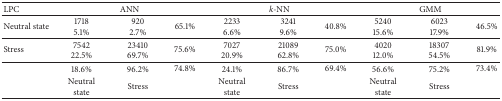
<table><thead><tr><td><b>LPC </b></td><td colspan="3"><b>ANN </b></td><td colspan="3"><b><i>k</i>-NN </b></td><td colspan="3"><b>GMM </b></td></tr></thead><tbody><tr><td>Neutral state </td><td>1718 5.1% </td><td>920 2.7% </td><td>65.1% </td><td>2233 6.6% </td><td>3241 9.6% </td><td>40.8% </td><td>5240 15.6% </td><td>6023 17.9% </td><td>46.5% </td></tr><tr><td>Stress </td><td>7542 22.5% </td><td>23410 69.7% </td><td>75.6% </td><td>7027 20.9% </td><td>21089 62.8% </td><td>75.0% </td><td>4020 12.0% </td><td>18307 54.5% </td><td>81.9% </td></tr><tr><td> </td><td>18.6% </td><td>96.2% </td><td>74.8% </td><td>24.1% </td><td>86.7% </td><td>69.4% </td><td>56.6% </td><td>75.2% </td><td>73.4% </td></tr><tr><td> </td><td>Neutral state </td><td>Stress </td><td> </td><td>Neutral state </td><td>Stress </td><td> </td><td>Neutral state </td><td>Stress </td><td> </td></tr></tbody></table>